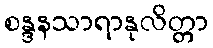
စန္ဒနသာရာနုလိတ္တာ